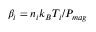
\beta _ { i } = n _ { i } k _ { B } T _ { i } / P _ { m a g }